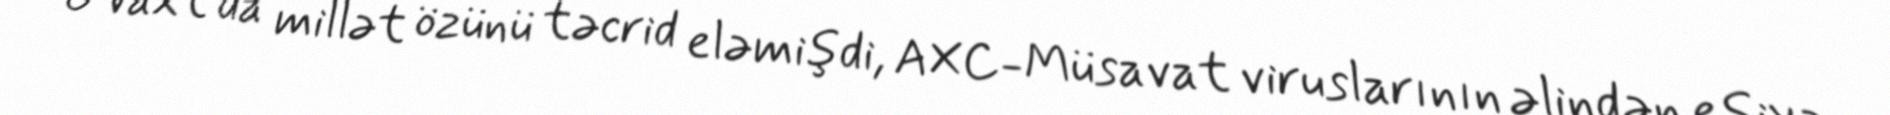
O vaxt da millət özünü təcrid eləmişdi, AXC-Müsavat viruslarının əlindən eşiyə